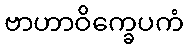
ဗာဟာဝိက္ခေပကံ